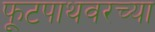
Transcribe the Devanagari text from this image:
फूटपाथवरच्या